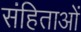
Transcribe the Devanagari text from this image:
संहिताआें